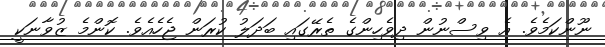
ނޫންކަމެވެ. އެ ވިސްނުން ދިވެހިންގެ ތެރޭގައި ބަދަލު ކުރަން ޖެހެއެވެ. ކޮންމެ ޒުވާނަކީ